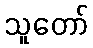
သူတော်